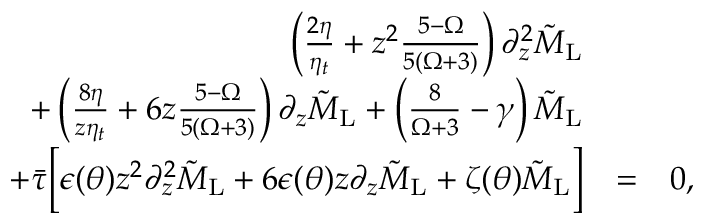
\begin{array} { r l r } { \left( \frac { 2 \eta } { \eta _ { t } } + z ^ { 2 } \frac { 5 - \Omega } { 5 ( \Omega + 3 ) } \right) \partial _ { z } ^ { 2 } \tilde { M } _ { \mathrm { L } } } & { } & \\ { + \left( \frac { 8 \eta } { z \eta _ { t } } + 6 z \frac { 5 - \Omega } { 5 ( \Omega + 3 ) } \right) \partial _ { z } \tilde { M } _ { \mathrm { L } } + \left( \frac { 8 } { \Omega + 3 } - \gamma \right) \tilde { M } _ { \mathrm { L } } } & { } & \\ { + \Bar { \tau } \bigg [ \epsilon ( \theta ) z ^ { 2 } \partial _ { z } ^ { 2 } \tilde { M } _ { \mathrm { L } } + 6 \epsilon ( \theta ) z \partial _ { z } \tilde { M } _ { \mathrm { L } } + \zeta ( \theta ) \tilde { M } _ { \mathrm { L } } \bigg ] } & { = } & { 0 , } \end{array}